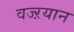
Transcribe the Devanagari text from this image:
वज्ऱयान